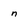
Character: n